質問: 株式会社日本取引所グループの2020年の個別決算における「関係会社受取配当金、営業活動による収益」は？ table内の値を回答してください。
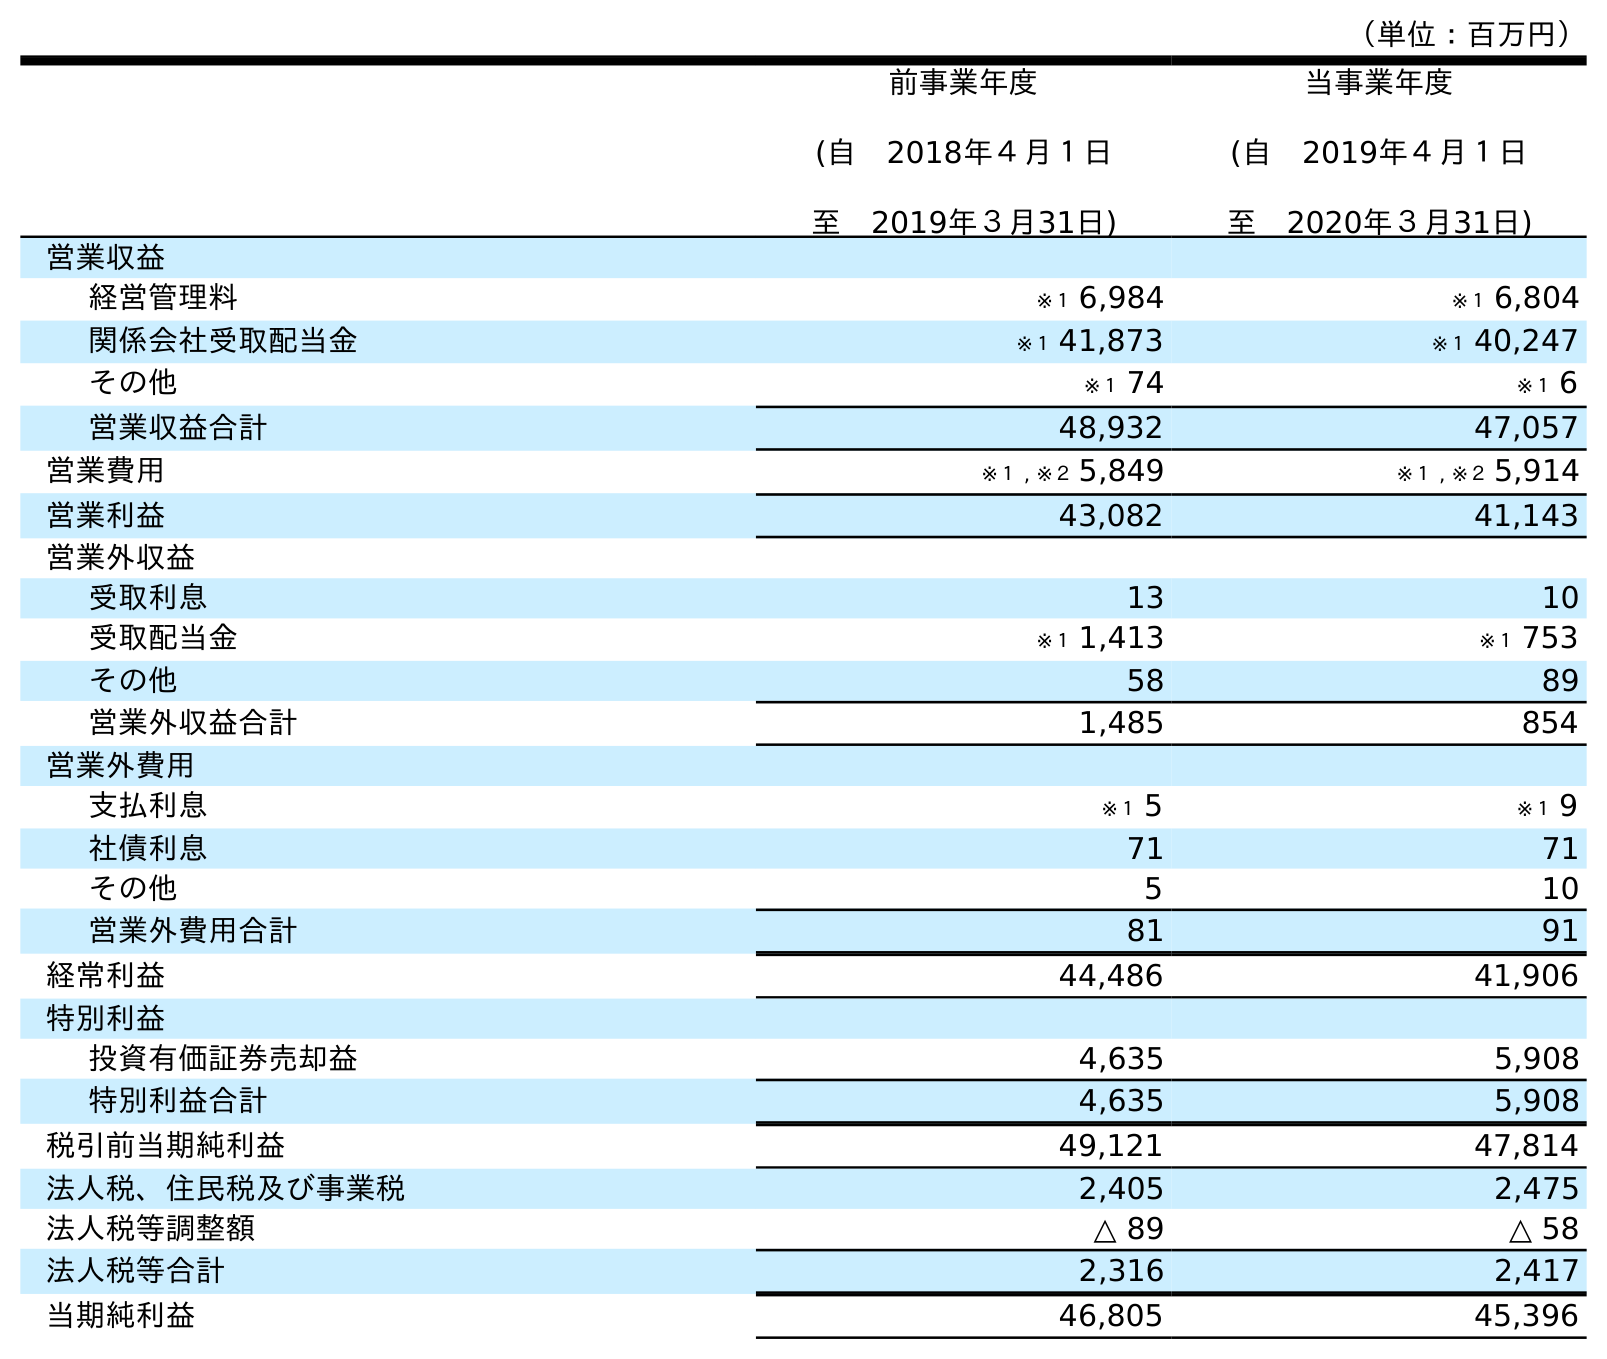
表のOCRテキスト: （単位：百万円） 前事業年度 (自 2018年４月１日 至 2019年３月31日) 当事業年度 (自 2019年４月１日 至 2020年３月31日) 営業収益 経営管理料 ※１ 6,984 ※１ 6,804 関係会社受取配当金 ※１ 41,873 ※１ 40,247 その他 ※１ 74 ※１ 6 営業収益合計 48,932 47,057 営業費用 ※１ , ※２ 5,849 ※１ , ※２ 5,914 営業利益 43,082 41,143 営業外収益 受取利息 13 10 受取配当金 ※１ 1,413 ※１ 753 その他 58 89 営業外収益合計 1,485 854 営業外費用 支払利息 ※１ 5 ※１ 9 社債利息 71 71 その他 5 10 営業外費用合計 81 91 経常利益 44,486 41,906 特別利益 投資有価証券売却益 4,635 5,908 特別利益合計 4,635 5,908 税引前当期純利益 49,121 47,814 法人税、住民税及び事業税 2,405 2,475 法人税等調整額 △ 89 △ 58 法人税等合計 2,316 2,417 当期純利益 46,805 45,396
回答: ※１40,247